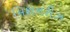
મિશનરીઝ